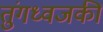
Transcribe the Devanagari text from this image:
तुंगध्वजकी